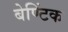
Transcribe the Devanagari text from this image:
बेण्टिंक